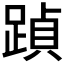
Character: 𮛶